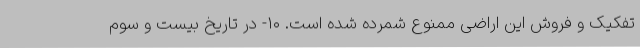
تفکیک و فروش این اراضی ممنوع شمرده شده است. ۱۰- در تاریخ بیست و سوم